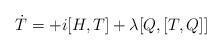
LaTeX: \begin{align*}\dot{T} = +i[H,T] + \lambda [Q, [T,Q]]\end{align*}